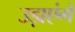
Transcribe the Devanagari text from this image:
उड़ाएंगे